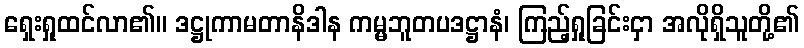
ရှေးရှုထင်လာ၏။ ဒဋ္ဌုကာမတာနိဒါန ကမ္မဘူတပဒဋ္ဌာနံ၊ ကြည့်ရှုခြင်းငှာ အလိုရှိသူတို့၏